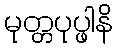
မုတ္တပုပ္ဖါနိ